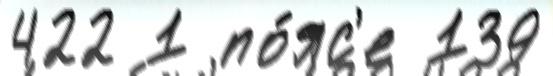
422 1 по́яс'е 139